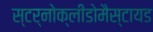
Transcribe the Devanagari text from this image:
स्टर्नोक्लीडोमैस्टायड